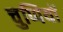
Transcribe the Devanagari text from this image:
चुप्पियों